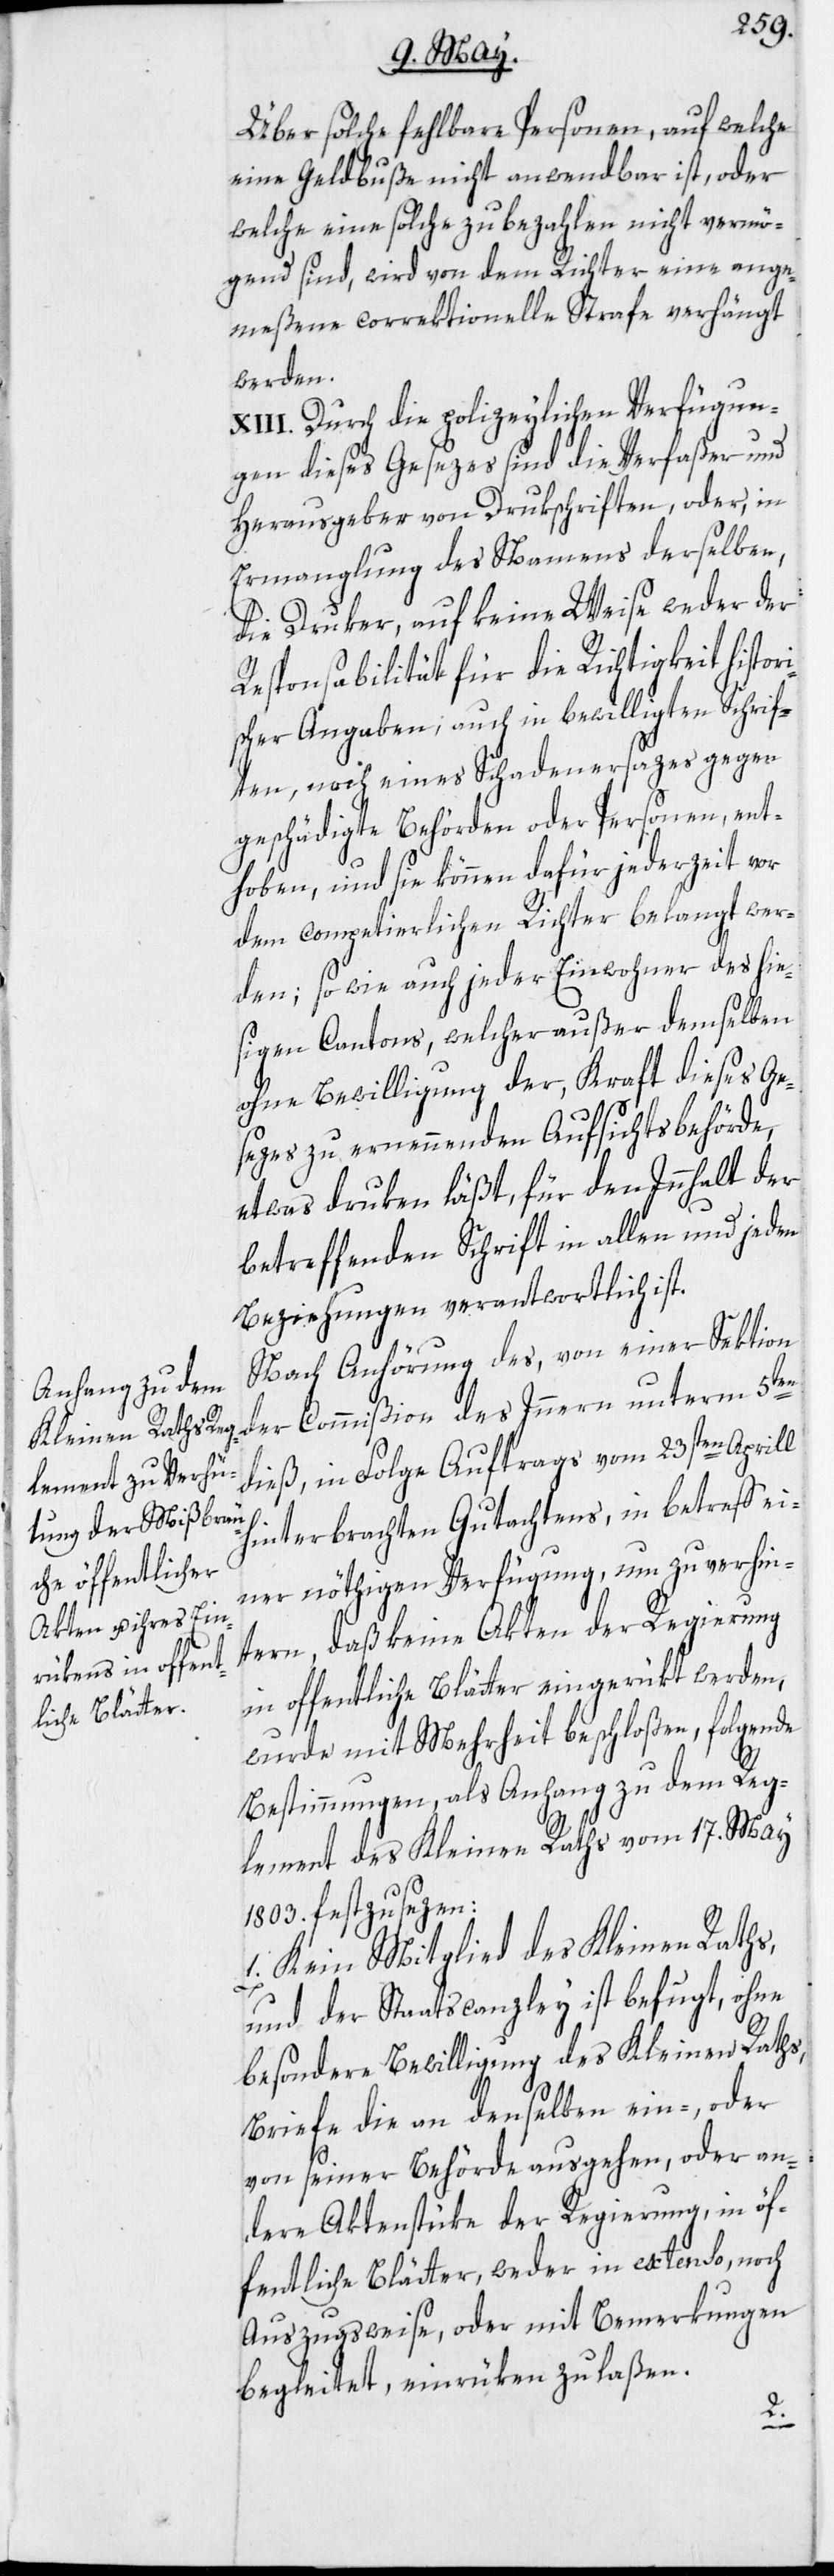
Über solche fehlbare Personen, auf welche
eine Geldbuße nicht anwendbar ist, oder
welche eine solche zu bezahlen nicht vermö¬
gend sind, wird von dem Richter eine ange¬
meßene correktionelle Strafe verhängt
werden.
XIII. Durch die polizeylichen Verfügun¬
gen dieses Gesezes sind die Verfaßer und
Herausgeber von Drukschriften, oder, in
Ermanglung des Namens derselben,
die Druker, auf keine Weise weder der
Responsabilität für die Richtigkeit histor¬
ischer Angaben; auch in bewilligten Schrif¬
ten, noch eines Schadenersazes gegen
geschädigte Behörden oder Personen, ent¬
hoben, und sie können dafür jederzeit vor
dem competierlichen Richter belangt wer¬
den; so wie auch jeder Einwohner des hie¬
sigen Cantons, welcher außer demselben
ohne Bewilligung der, Kraft dieses Ge¬
sezes zu ernennenden Aufsichtsbehörde,
etwas druken läßt, für den Innhalt der
betreffenden Schrift in allen und jeden
Beziehungen verantwortlich ist.
Nach Anhörung des, von einer Sektion
der Commißion des Innern unterm 5ten
dieß, in Folge Auftrags vom 23sten Aprill
hinterbrachten Gutachtens, in betreff ei¬
ner nöthigen Verfügung, um zu verhin¬
tern, daß keine Akten der Regierung
in offentliche Blätter eingerükt werden,
wurde mit Mehrheit beschloßen, folgende
Bestimmungen, als Anhang zu dem Reg¬
lement des Kleinen Raths vom 17. May
1803. festzusezen:
1. Kein Mitglied des Kleinen Raths,
und der Staatscanzley ist befugt, ohne
besondere Bewilligung des Kleinen Raths,
Briefe die an denselben ein-, oder
von seiner Behörde ausgehen, oder an¬
dere Aktenstüke der Regierung, in öf¬
fentliche Blätter, weder in extenso, noch
Auszugsweise, oder mit Bemerkungen
begleitet, einrüken zu laßen.